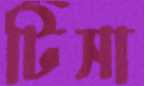
টিসা